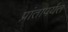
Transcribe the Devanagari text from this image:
प्रांतापर्यंत